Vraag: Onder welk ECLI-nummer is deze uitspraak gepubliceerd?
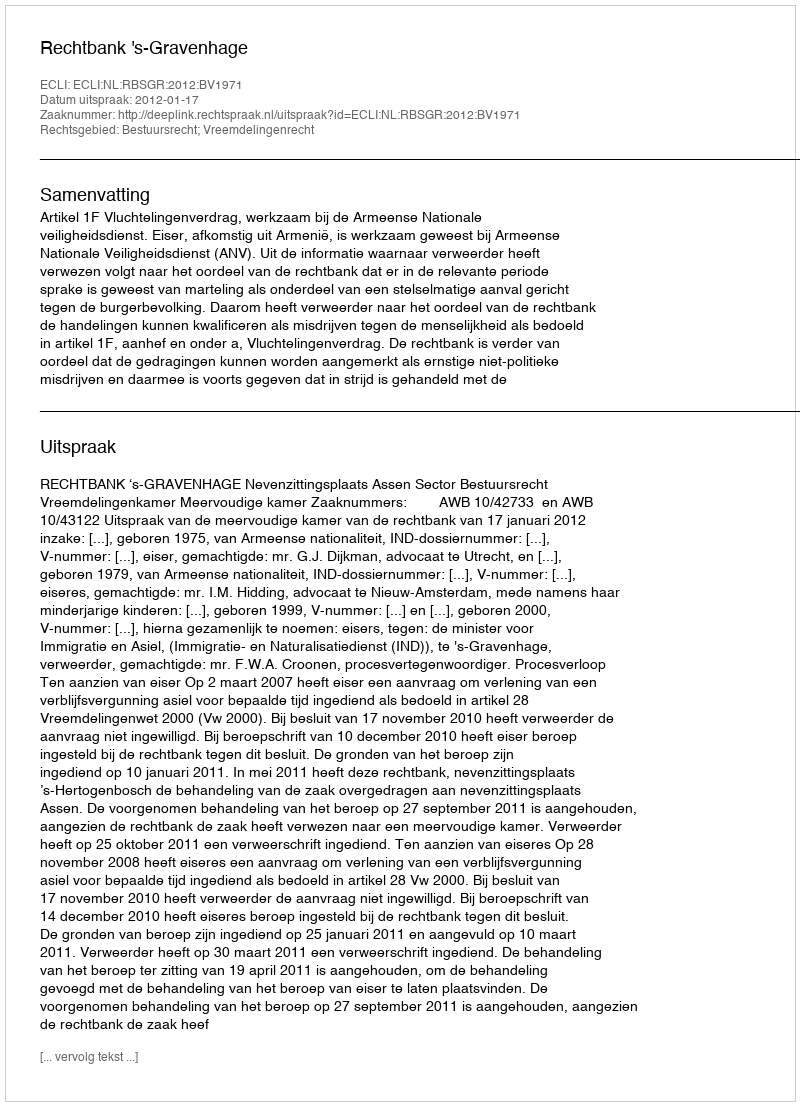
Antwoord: ECLI:NL:RBSGR:2012:BV1971